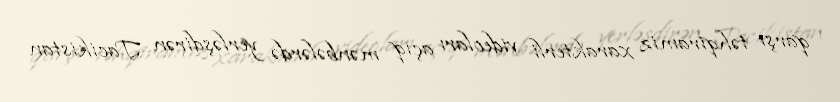
qarşı təhqiramiz xarakterli videoları açıq mənbələrdə yerləşdirən Tacikistan